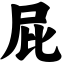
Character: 屁